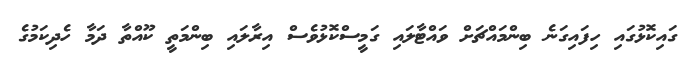
ގައިކޮޅުގައި ހިފައިގަނެ ބިންމައްޗަށް ވައްޓާލައި ގަމީސްކޮޅުވެސް އިރާލައި ބިންމަތީ ކޫއްތާ ދަމާ ހެދިކަމުގެ